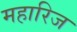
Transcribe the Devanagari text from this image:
महारिज